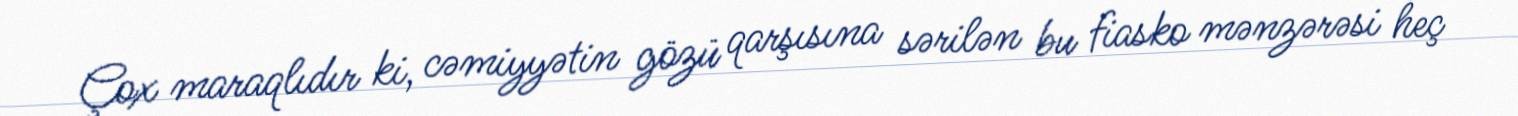
Çox maraqlıdır ki, cəmiyyətin gözü qarşısına sərilən bu fiasko mənzərəsi heç